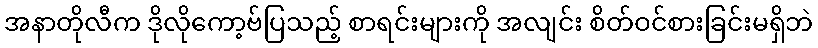
အနာတိုလီက ဒိုလိုကော့ဗ်ပြသည့် စာရင်းများကို အလျင်း စိတ်ဝင်စားခြင်းမရှိဘဲ